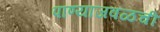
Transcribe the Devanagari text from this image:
पाण्याजवळची